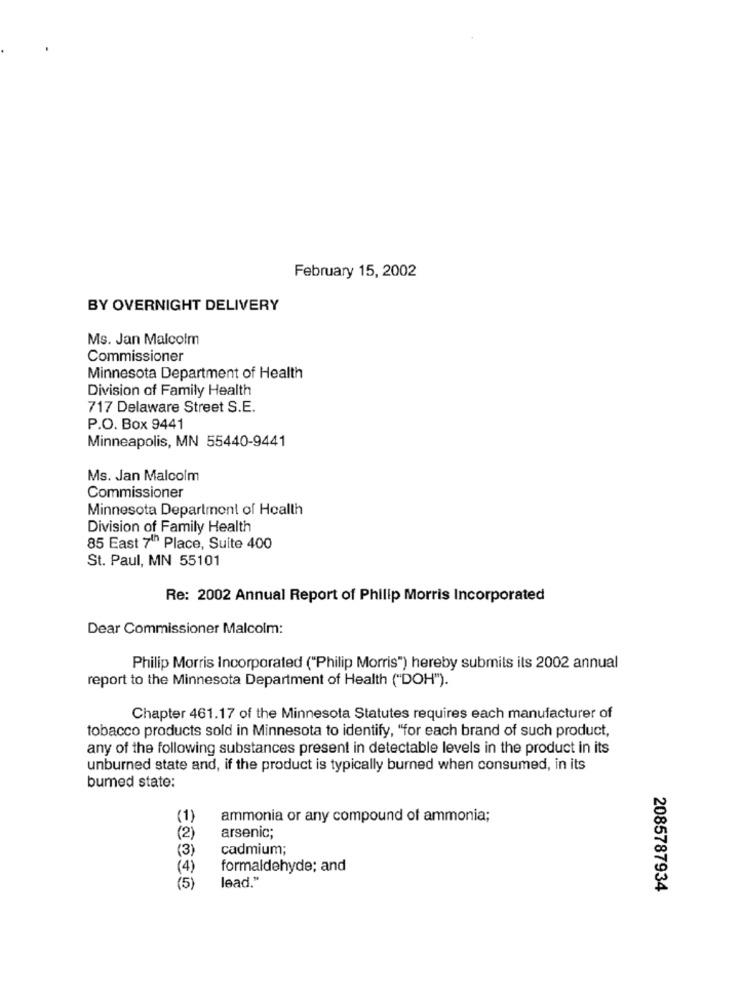
February 15, 2002
BY OVERNIGHT DELIVERY
Ms. Jan Malcolm
Commissioner
Minnesota Department of Health
Division of Family Health
717 Delaware Street S.E.
P.O. Box 9441
Minneapolis, MN 55440-9441
Ms. Jan Malcolm
Commissioner
Minnesota Department of Health
Division of Family Health
85 East 7th Place, Suite 400
St. Paul, MN 55101
Re: 2002 Annual Report of Philip Morris Incorporated
Dear Commissioner Malcolm:
Philip Morris Incorporated ("Philip Morris") hereby submits its 2002 annual
report to the Minnesota Department of Health ("DOH").
Chapter 461.17 of the Minnesota Statutes requires each manufacturer of
tobacco products sold in Minnesota to identify, "for each brand of such product,
any of the following substances present in detectable levels in the product in its
unburned state and, if the product is typically burned when consumed, in its
bumed state:
(1)
ammonia or any compound of ammonia;
(2)
arsenic;
(3)
cadmium;
(4)
formaldehyde; and
lead."
(5)
2085787934